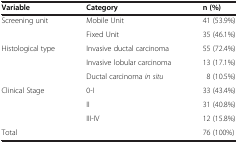
| Variable | Category | n (%) |
 | --- | --- | --- |
 | <ROWSPAN=2> Screening unit | Mobile Unit | 41 (53.9%) |
 | Fixed Unit | 35 (46.1%) |
 | <ROWSPAN=3> Histological type | Invasive ductal carcinoma | 55 (72.4%) |
 | Invasive lobular carcinoma | 13 (17.1%) |
 | Ductal carcinoma in situ | 8 (10.5%) |
 | <ROWSPAN=3> Clinical Stage | 0-I | 33 (43.4%) |
 | II | 31 (40.8%) |
 | III-IV | 12 (15.8%) |
 | Total |  | 76 (100%) |